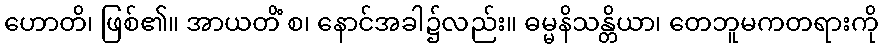
ဟောတိ၊ ဖြစ်၏။ အာယတိံ စ၊ နောင်အခါ၌လည်း။ ဓမ္မနိသန္တိယာ၊ တေဘူမကတရားကို